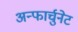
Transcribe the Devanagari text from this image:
अन्फार्चुनेट